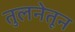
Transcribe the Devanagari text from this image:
तुलनेतून